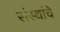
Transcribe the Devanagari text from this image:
संंस्थांचे